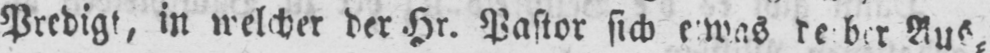
Aus⸗